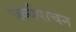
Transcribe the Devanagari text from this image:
चर्व्यपाचन